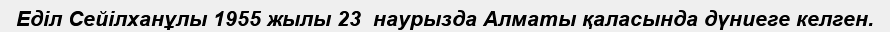
Еділ Сейілханұлы 1955 жылы 23  наурызда Алматы қаласында дүниеге келген.